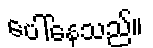
ပေါ်နေသည်။